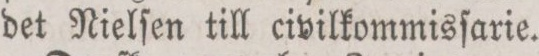
det Nielſen till civilkommisſarie.